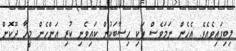
ލިބިފައިވެއެވެ. އެހެން ނަމަވެސް ވަކި ހިސާބަކުން ކައިވެނި ކުރި އަންހެން މީހާ ދޫކޮށް